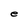
Character: e